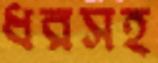
ধরসহ